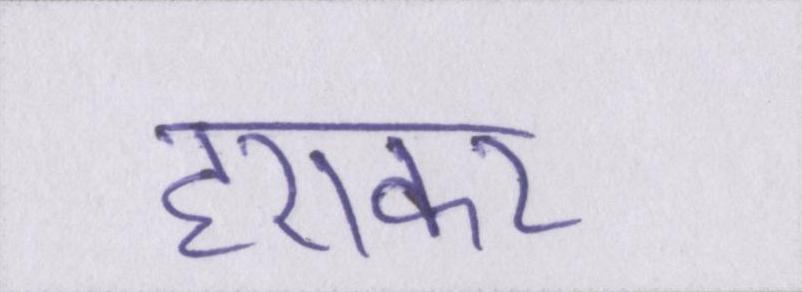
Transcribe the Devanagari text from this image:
हराकर